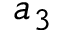
a _ { 3 }